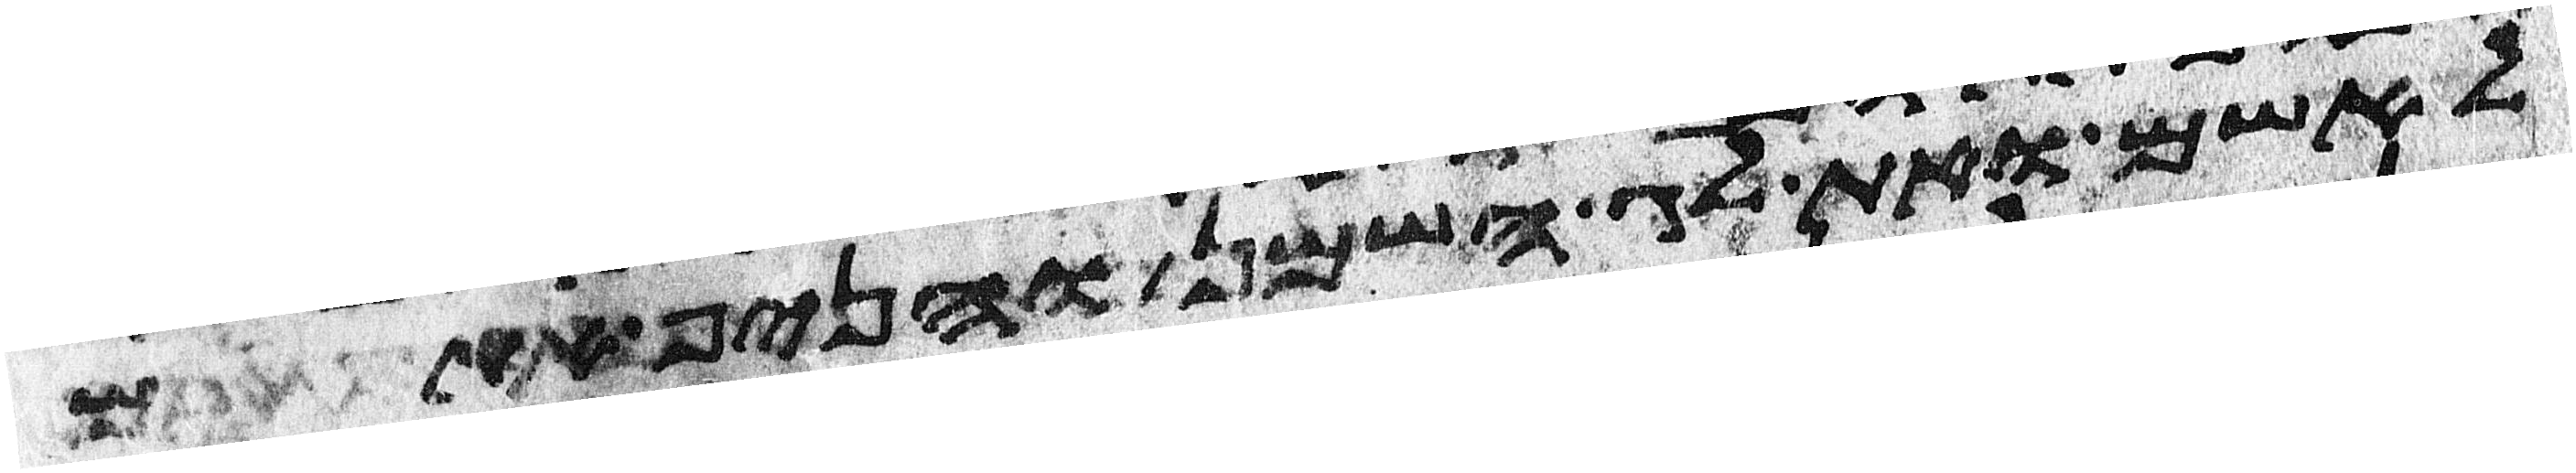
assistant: לאשם ואת לג השמן והניף אתם